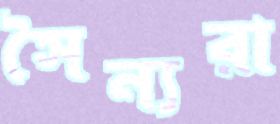
সৈন্যরা